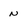
Character: N